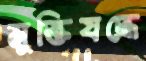
মুক্তিযদ্ধে